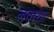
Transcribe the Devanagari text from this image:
लताशा